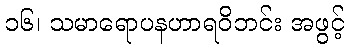
၁၆၊ သမာရောပနဟာရဝိဘင်း အဖွင့်